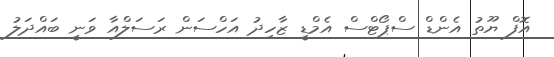
އޮފް ޔޫތު އެންޑް ސްޕޯޓްސް އެމްޑީ ޒާހިދު އަހްސަން ރަސަލްއާ ވަނީ ބައްދަލު